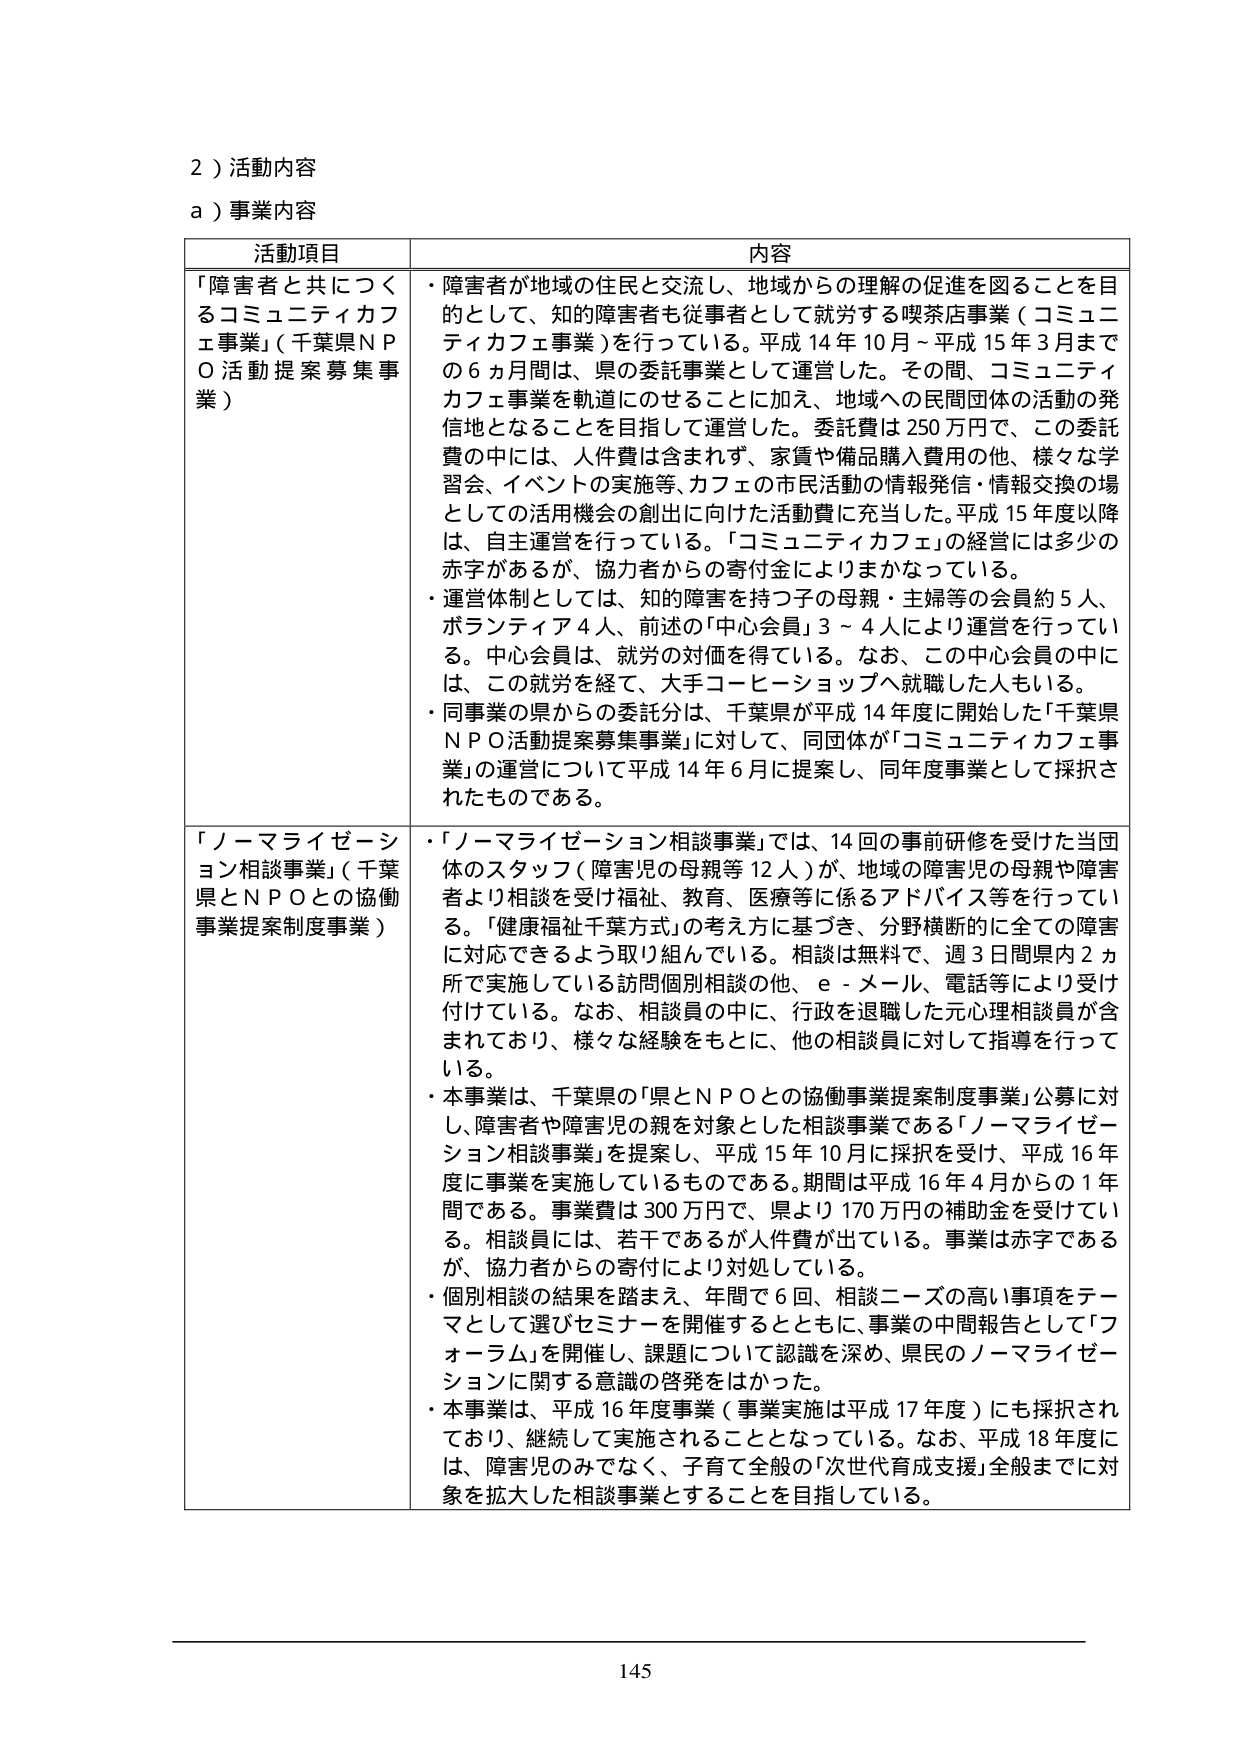
2）活動内容
a）事業内容

活動項目 内容

「障害者と共につくるコミュニティカフェ事業」（千葉県ＮＰＯ活動提案募集事業）
・障害者が地域の住民と交流し、地域からの理解の促進を図ることを目的として、知的障害者も従事者として就労する喫茶店事業（コミュニティカフェ事業）を行っている。平成14年10月～平成15年3月までの6ヵ月間は、県の委託事業として運営した。その間、コミュニティカフェ事業を軌道にのせることに加え、地域への民間団体の活動の発信地となることを目指して運営した。委託費は250万円で、この委託費の中には、人件費は含まれず、家賃や備品購入費用の他、様々な学習会、イベントの実施等、カフェの市民活動の情報発信・情報交換の場としての活用機会の創出に向けた活動費に充当した。平成15年度以降は、自主運営を行っている。「コミュニティカフェ」の経営には多少の赤字があるが、協力者からの寄付金によりまかなっている。
・運営体制としては、知的障害を持つ子の母親・主婦等の会員約5人、ボランティア4人、前述の「中心会員」3～4人により運営を行っている。中心会員は、就労の対価を得ている。なお、この中心会員の中には、この就労を経て、大手コーヒーショップへ就職した人もいる。
・同事業の県からの委託分は、千葉県が平成14年度に開始した「千葉県ＮＰＯ活動提案募集事業」に対して、同団体が「コミュニティカフェ事業」の運営について平成14年6月に提案し、同年度事業として採択されたものである。

「ノーマライゼーション相談事業」（千葉県とＮＰＯとの協働事業提案制度事業）
・「ノーマライゼーション相談事業」では、14回の事前研修を受けた当団体のスタッフ（障害児の母親等12人）が、地域の障害児の母親や障害者より相談を受け福祉、教育、医療等に係るアドバイス等を行っている。「健康福祉千葉方式」の考え方に基づき、分野横断的に全ての障害に対応できるよう取り組んでいる。相談は無料で、週3日間県内2ヵ所で実施している訪問個別相談の他、e-メール、電話等により受け付けている。なお、相談員の中に、行政を退職した元心理相談員が含まれており、様々な経験をもとに、他の相談員に対して指導を行っている。
・本事業は、千葉県の「県とＮＰＯとの協働事業提案制度事業」公募に対し、障害者や障害児の親を対象とした相談事業である「ノーマライゼーション相談事業」を提案し、平成15年10月に採択を受け、平成16年度に事業を実施しているものである。期間は平成16年4月からの1年間である。事業費は300万円で、県より170万円の補助金を受けている。相談員には、若干であるが人件費が出ている。事業は赤字であるが、協力者からの寄付により対処している。
・個別相談の結果を踏まえ、年間で6回、相談ニーズの高い事項をテーマとして選びセミナーを開催するとともに、事業の中間報告として「フォーラム」を開催し、課題について認識を深め、県民のノーマライゼーションに関する意識の啓発をはかった。
・本事業は、平成16年度事業（事業実施は平成17年度）にも採択されており、継続して実施されることとなっている。なお、平成18年度には、障害児のみでなく、子育て全般の「次世代育成支援」全般までに対象を拡大した相談事業とすることを目指している。

145